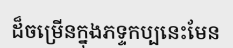
ដ៏ចម្រើនក្នុងភទ្ទកប្បនេះមែន